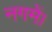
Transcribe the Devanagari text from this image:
नगमें।